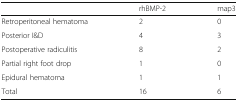
|  | rhBMP-2 | map3 |
 | --- | --- | --- |
 | Retroperitoneal hematoma | 2 | 0 |
 | Posterior I&D | 4 | 3 |
 | Postoperative radiculitis | 8 | 2 |
 | Partial right foot drop | 1 | 0 |
 | Epidural hematoma | 1 | 1 |
 | Total | 16 | 6 |